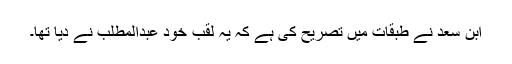
ابن سعد نے طبقات میں تصریح کی ہے کہ یہ لقب خود عبدالمطلب نے دیا تھا۔